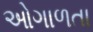
ઓગાળતા